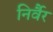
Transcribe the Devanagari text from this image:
निर्वैर